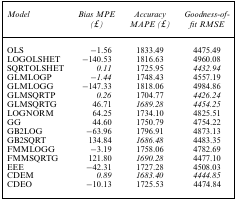
<table><thead><tr><td><b><i>Model</i></b></td><td><b><i>Bias MPE</i></b></td><td><b><i>Accuracy</i></b></td><td><b><i>Goodness‐of‐</i></b></td></tr><tr><td>[EMPTY_CELL]</td><td><b><i>(</i>£<i>)</i></b></td><td><b><i>MAPE (</i>£<i>)</i></b></td><td><b><i>fit RMSE</i></b></td></tr></thead><tbody><tr><td>OLS</td><td>−1.56</td><td>1833.49</td><td>4475.49</td></tr><tr><td>LOGOLSHET</td><td>−140.53</td><td>1816.63</td><td>4960.08</td></tr><tr><td>SQRTOLSHET</td><td><i>0.11</i></td><td>1725.95</td><td><i>4432.94</i></td></tr><tr><td>GLMLOGP</td><td>−<i>1.44</i></td><td>1748.43</td><td>4557.19</td></tr><tr><td>GLMLOGG</td><td>−147.33</td><td>1818.06</td><td>4984.86</td></tr><tr><td>GLMSQRTP</td><td><i>0.26</i></td><td>1704.77</td><td><i>4426.24</i></td></tr><tr><td>GLMSQRTG</td><td>46.71</td><td><i>1689.28</i></td><td><i>4454.25</i></td></tr><tr><td>LOGNORM</td><td>64.25</td><td>1734.10</td><td>4825.51</td></tr><tr><td>GG</td><td>44.60</td><td>1750.79</td><td>4754.22</td></tr><tr><td>GB2LOG</td><td>−63.96</td><td>1796.91</td><td>4873.13</td></tr><tr><td>GB2SQRT</td><td>134.84</td><td><i>1686.48</i></td><td>4483.35</td></tr><tr><td>FMMLOGG</td><td>−3.19</td><td>1758.06</td><td>4782.69</td></tr><tr><td>FMMSQRTG</td><td>121.80</td><td><i>1690.28</i></td><td>4477.10</td></tr><tr><td>EEE</td><td>−42.31</td><td>1727.28</td><td>4508.03</td></tr><tr><td>CDEM</td><td><i>0.89</i></td><td><i>1683.40</i></td><td><i>4444.85</i></td></tr><tr><td>CDEO</td><td>−10.13</td><td>1725.53</td><td>4474.84</td></tr></tbody></table>